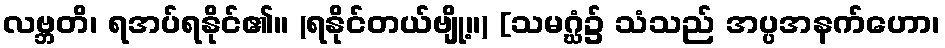
လဗ္ဘတိ၊ ရအပ်ရနိုင်၏။ (ရနိုင်တယ်ဗျို့။) [သမဂ္ဃံ၌ သံသည် အပ္ပအနက်ဟော၊